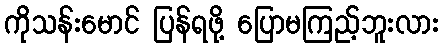
ကိုသန်းမောင် ပြန်ရဖို့ ပြောမကြည့်ဘူးလား